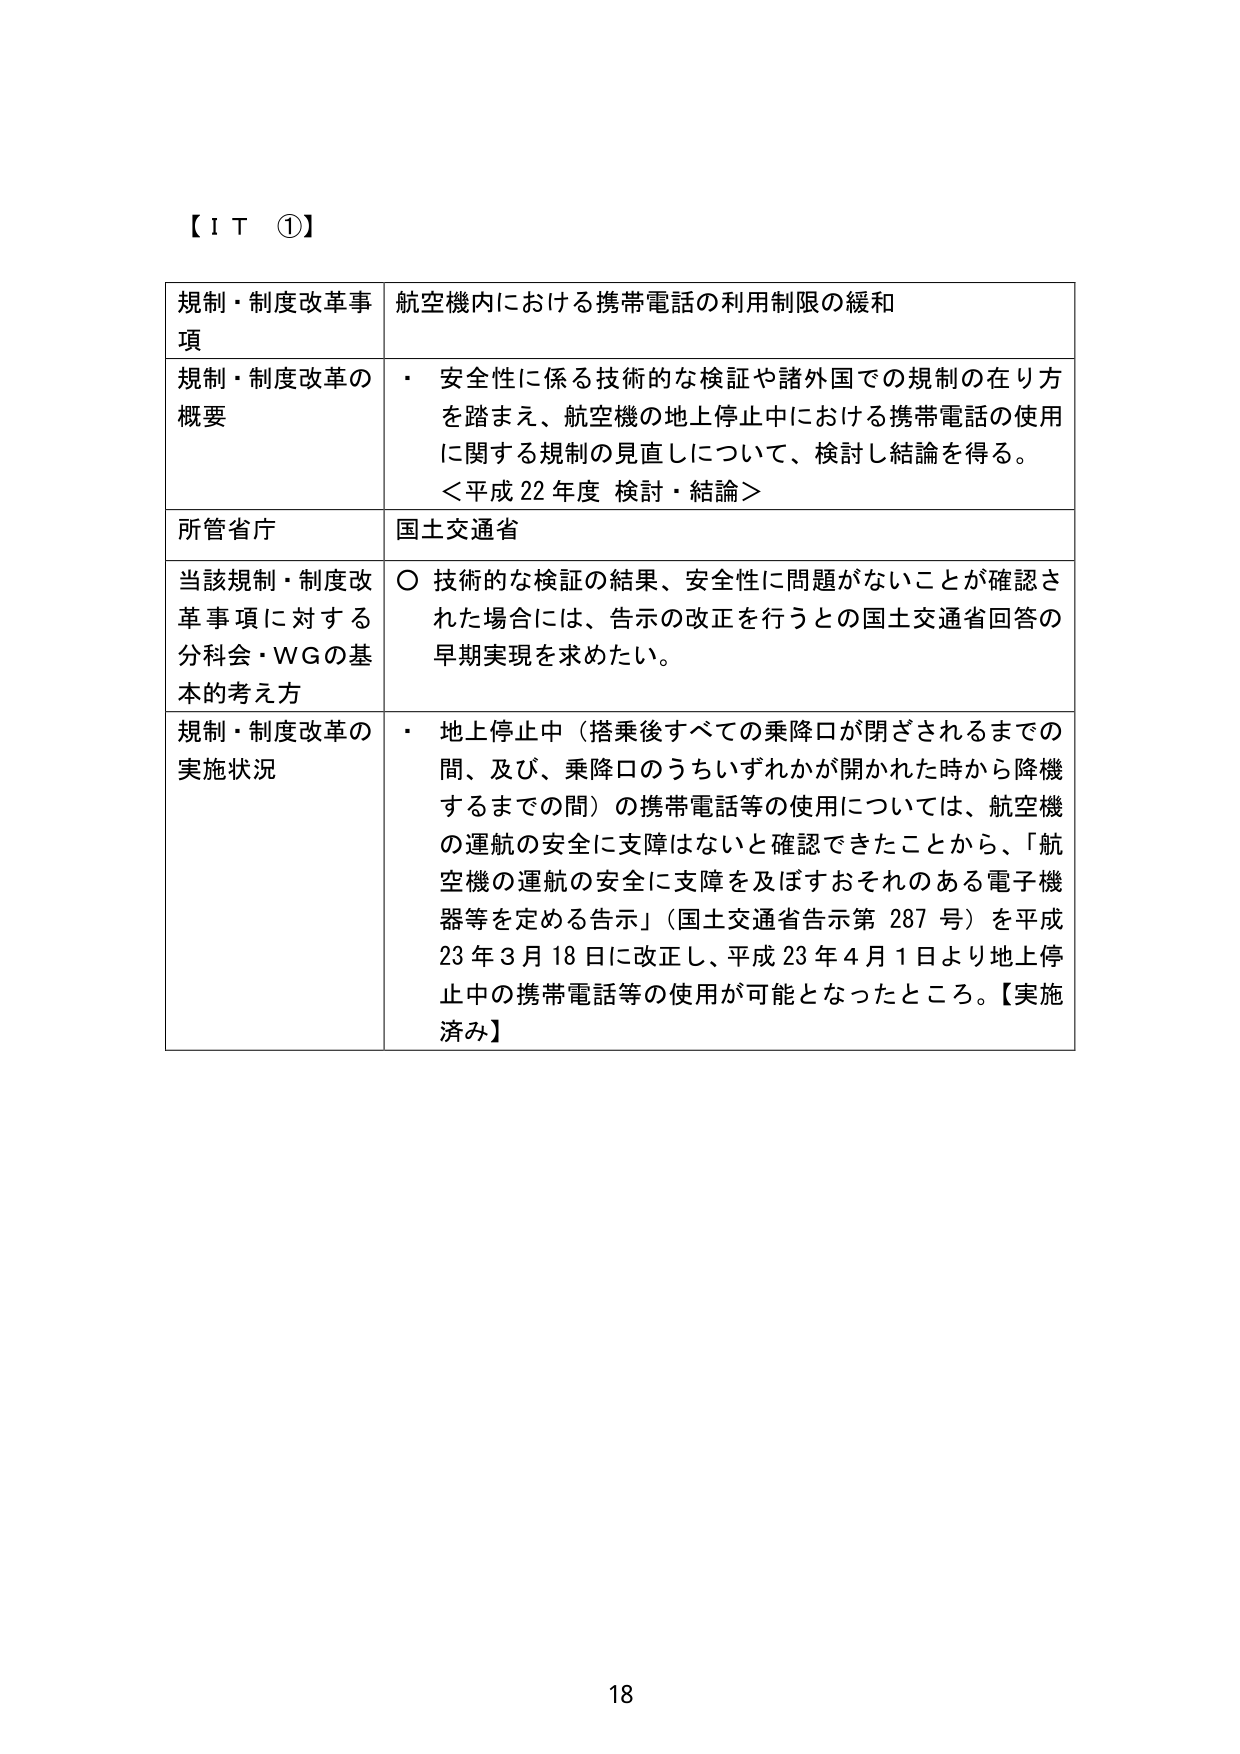
【ＩＴ ①】

規制・制度改革事項　航空機内における携帯電話の利用制限の緩和

規制・制度改革の概要　・ 安全性に係る技術的な検証や諸外国での規制の在り方を踏まえ、航空機の地上停止中における携帯電話の使用に関する規制の見直しについて、検討し結論を得る。
＜平成22年度 検討・結論＞

所管省庁　国土交通省

当該規制・制度改革事項に対する分科会・WGの基本的考え方　○ 技術的な検証の結果、安全性に問題がないことが確認された場合には、告示の改正を行うとの国土交通省回答の早期実現を求めたい。

規制・制度改革の実施状況　・ 地上停止中（搭乗後すべての乗降口が閉ざされるまでの間、及び、乗降口のうちいずれかが開かれた時から降機するまでの間）の携帯電話等の使用については、航空機の運航の安全に支障はないと確認できたことから、「航空機の運航の安全に支障を及ぼすおそれのある電子機器等を定める告示」（国土交通省告示第287号）を平成23年3月18日に改正し、平成23年4月1日より地上停止中の携帯電話等の使用が可能となったところ。【実施済み】

18